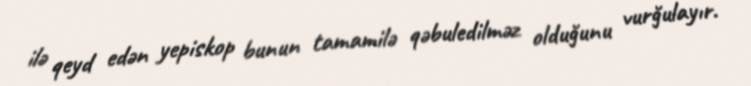
ilə qeyd edən yepiskop bunun tamamilə qəbuledilməz olduğunu vurğulayır.